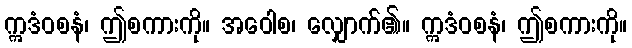
ဣဒံဝစနံ၊ ဤစကားကို။ အဝေါစ၊ လျှောက်၏။ ဣဒံဝစနံ၊ ဤစကားကို။